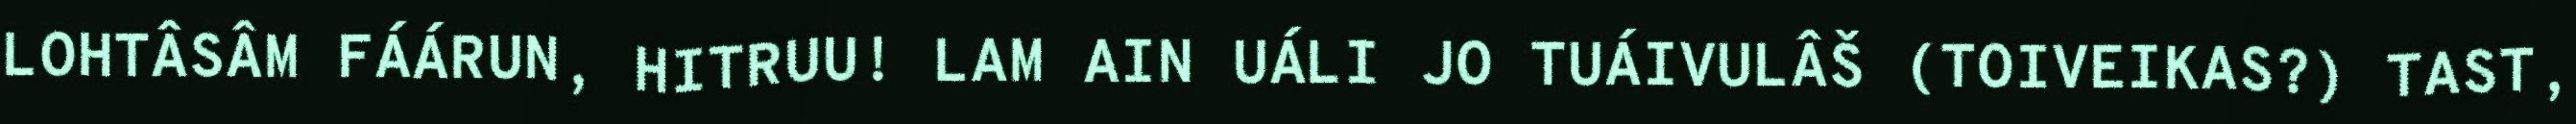
LOHTÂSÂM FÁÁRUN, HITRUU! LAM AIN UÁLI JO TUÁIVULÂŠ (TOIVEIKAS?) TAST,